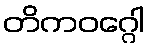
တိကဝဂ္ဂေါ